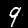
Digit: 9